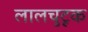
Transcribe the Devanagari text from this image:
लालचुटूक